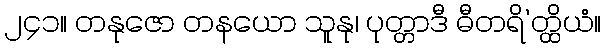
၂၄၁။ တနုဇော တနယော သူနု၊ ပုတ္တာဒီ ဓီတရိ’တ္ထိယံ။